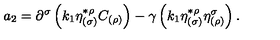
a _ { 2 } = \partial ^ { \sigma } \left( k _ { 1 } \eta _ { ( \sigma ) } ^ { * \rho } C _ { ( \rho ) } \right) - \gamma \left( k _ { 1 } \eta _ { ( \sigma ) } ^ { * \rho } \eta _ { ( \rho ) } ^ { \sigma } \right) .